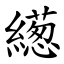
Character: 繱